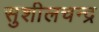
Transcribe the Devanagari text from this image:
सुशीलचन्द्र